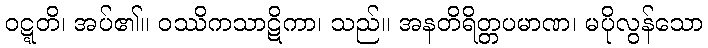
ဝဋ္ဋတိ၊ အပ်၏။ ဝဿိကသာဋိကာ၊ သည်။ အနတိရိတ္တပမာဏ၊ မပိုလွန်သော